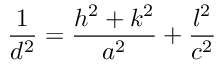
\frac { 1 } { d ^ { 2 } } = \frac { h ^ { 2 } + k ^ { 2 } } { a ^ { 2 } } + \frac { l ^ { 2 } } { c ^ { 2 } }